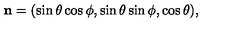
{ \bf n } = ( \sin \theta \cos \phi , \sin \theta \sin \phi , \cos \theta ) ,